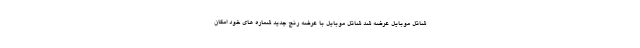
شاتل موبایل عرضه شد شاتل موبایل با عرضه رنج جدید شماره های خود امکان